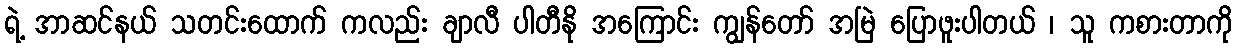
ရဲ့ အာဆင်နယ် သတင်းထောက် ကလည်း ချာလီ ပါတီနို အကြောင်း ကျွန်တော် အမြဲ ပြောဖူးပါတယ် ၊ သူ ကစားတာကို